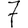
Digit: 7